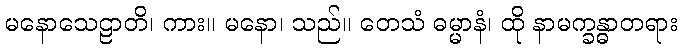
မနောသေဠာတိ၊ ကား။ မနော၊ သည်။ တေသံ ဓမ္မာနံ၊ ထို နာမက္ခန္ဓာတရား